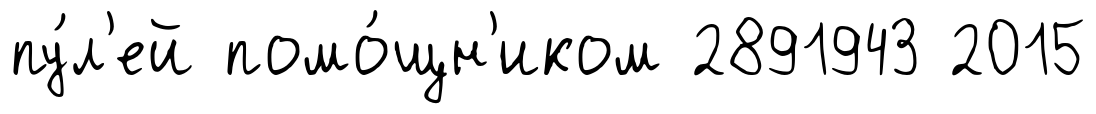
пу́л'ей помо́щн'иком 2891943 2015